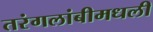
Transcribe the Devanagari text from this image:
तरंगलांबीमधली